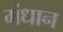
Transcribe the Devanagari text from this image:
मंधान